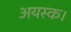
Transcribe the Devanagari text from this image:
अयस्क।